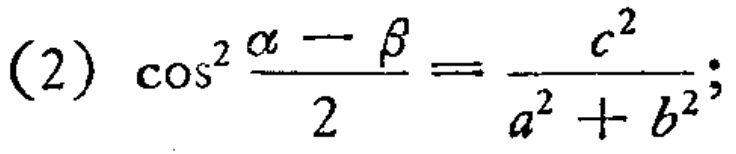
\((2)\ \cos^{2}\frac{\alpha - \beta}{2}=\frac{c^{2}}{a^{2}+b^{2}};\)